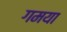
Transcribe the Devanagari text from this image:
गमया